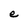
Character: e